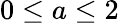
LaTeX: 0\leq a\leq 2